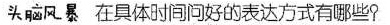
头脑风暴 在具体时间问好的表达方式有哪些？